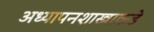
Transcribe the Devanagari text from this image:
अध्यापनशास्त्राकडे